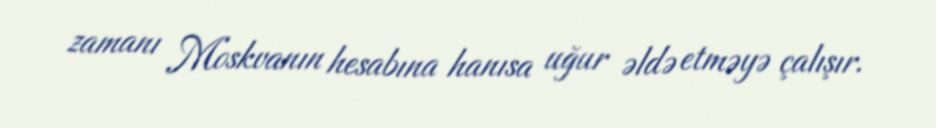
zamanı Moskvanın hesabına hanısa uğur əldə etməyə çalışır.